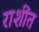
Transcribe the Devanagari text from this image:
राशींत